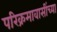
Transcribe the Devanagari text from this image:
परिक्रमावासींच्या